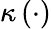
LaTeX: \kappa\left(\cdot\right)